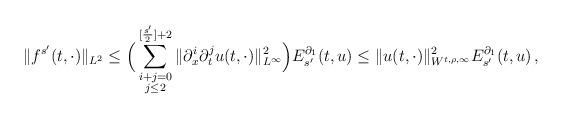
LaTeX: \begin{align*}\|f^{s'}(t,\cdot)\|_{L^2}\le \Big(\sum_{\substack{i+j=0 \\ j\le 2}}^{[\frac{s'}{2}]+2}\|\partial^i_x\partial^j_tu(t,\cdot)\|^2_{L^{\infty}}\Big) E^{\partial_1}_{s'}(t, u) \le \|u(t,\cdot)\|^2_{W^{t,\rho,\infty}} E^{\partial_1}_{s'}(t, u)\,,\end{align*}